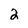
Character: 2